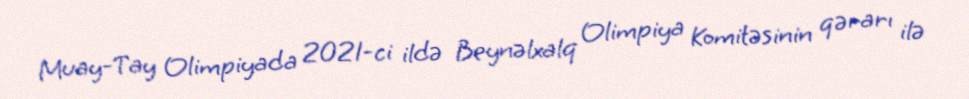
Muay-Tay Olimpiyada 2021-ci ildə Beynəlxalq Olimpiya Komitəsinin qərarı ilə